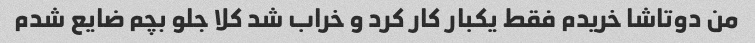
من دوتاشا خریدم فقط یکبار کار کرد و خراب شد کلا جلو بچم ضایع شدم